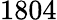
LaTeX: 1804